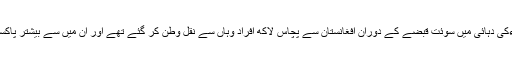
اخبار یاد دلاتا ہے کہ 1980 ءکی دہائی میں سوئت قبضے کے دوران افغانستان سے پچاس لاکھ افراد وہاں سے نقل وطن کر گئے تھے اور اُن میں سے بیشتر پاکستان اور ایران بھاگ گئے تھے۔